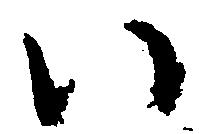
い